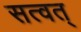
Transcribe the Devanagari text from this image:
सत्वत्